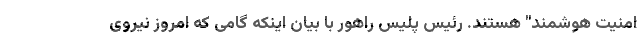
امنیت هوشمند" هستند. رئیس پلیس راهور با بیان اینکه گامی که امروز نیروی